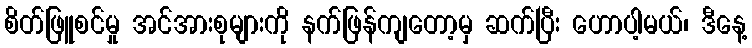
စိတ်ဖြူစင်မှု အင်အားစုများကို နက်ဖြန်ကျတော့မှ ဆက်ပြီး ဟောပါ့မယ်၊ ဒီနေ့